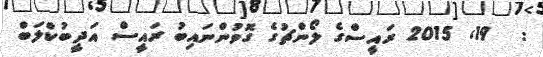
:  19